Indian journal of veterinary science and animal husbandry - Volume 11,
Year: 1941
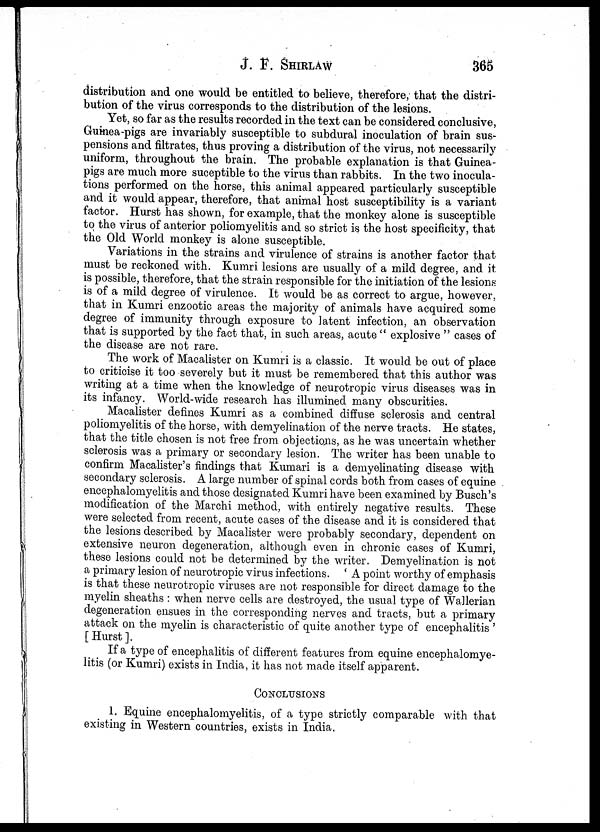
J. F. SHIRLAW 365
distribution and one would be entitled to believe, therefore, that the distri-
bution of the virus corresponds to the distribution of the lesions.
Yet, so far as the results recorded in the text can be considered conclusive,
Guinea-pigs are invariably susceptible to subdural inoculation of brain sus-
pensions and filtrates, thus proving a distribution of the virus, not necessarily
uniform, throughout the brain. The probable explanation is that Guinea-
pigs are much more suceptible to the virus than rabbits. In the two inocula-
tions performed on the horse, this animal appeared particularly susceptible
and it would appear, therefore, that animal host susceptibility is a variant
factor. Hurst has shown, for example, that the monkey alone is susceptible
to the virus of anterior poliomyelitis and so strict is the host specificity, that
the Old World monkey is alone susceptible.
Variations in the strains and virulence of strains is another factor that
must be reckoned with. Kumri lesions are usually of a mild degree, and it
is possible, therefore, that the strain responsible for the initiation of the lesions
is of a mild degree of virulence. It would be as correct to argue, however,
that in Kumri enzootic areas the majority of animals have acquired some
degree of immunity through exposure to latent infection, an observation
that is supported by the fact that, in such areas, acute"explosive " cases of
the disease are not rare.
The work of Macalister on Kumri is a classic. It would be out of place
to criticise it too severely but it must be remembered that this author was
writing at a time when the knowledge of neurotropic virus diseases was in
its infancy. World-wide research has illumined many obscurities.
Macalister defines Kumri as a combined diffuse sclerosis and central
poliomyelitis of the horse, with demyelination of the nerve tracts. He states,
that the title chosen is not free from objections, as he was uncertain whether
sclerosis was a primary or secondary lesion. The writer has been unable to
confirm Macalister's findings that Kumari is a demyelinating disease with
secondary sclerosis. A large number of spinal cords both from cases of equine
encephalomyelitis and those designated Kumri have been examined by Busch's
modification of the Marchi method, with entirely negative results. These
were selected from recent, acute cases of the disease and it is considered that
the lesions described by Macalister were probably secondary, dependent on
extensive neuron degeneration, although even in chronic cases of Kumri,
these lesions could not be determined by the writer. Demyelination is not
a primary lesion of neurotropic virus infections. ' A point worthy of emphasis
is that these neurotropic viruses are not responsible for direct damage to the
myelin sheaths : when nerve cells are destroyed, the usual type of Wallerian
degeneration ensues in the corresponding nerves and tracts, but a primary
attack on the myelin is characteristic of quite another type of encephalitis '
[Hurst].
If a type of encephalitis of different features from equine encephalomye-
litis (or Kumri) exists in India, it has not made itself apparent.
CONCLUSIONS
1. Equine encephalomyelitis, of a type strictly comparable with that
existing in Western countries, exists in India.